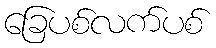
ခြေပစ်လက်ပစ်